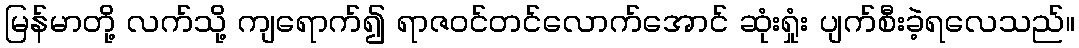
မြန်မာတို့ လက်သို့ ကျရောက်၍ ရာဇဝင်တင်လောက်အောင် ဆုံးရှုံး ပျက်စီးခဲ့ရလေသည်။